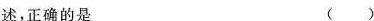
述，正确的是 ()